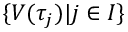
\{ V ( \tau _ { j } ) | j \in I \}